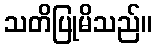
သတိပြုမိသည်။